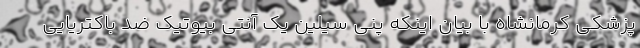
پزشکی کرمانشاه با بیان اینکه پنی سیلین یک آنتی بیوتیک ضد باکتریایی